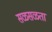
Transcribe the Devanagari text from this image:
सळसळता